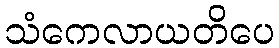
သံကေလာယတိပေ